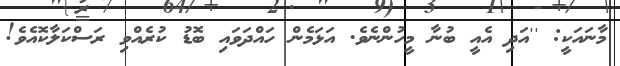
މާނައަކީ: ''އަދި އެއީ ބުނާ މީހުންނެވެ. އަޅަމެން ހައްދަވައި ބޮޑު ކުރެއްވި ރަސްކަލާކޮއެވެ!